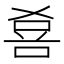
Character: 𱓎